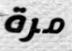
مرة